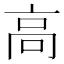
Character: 高